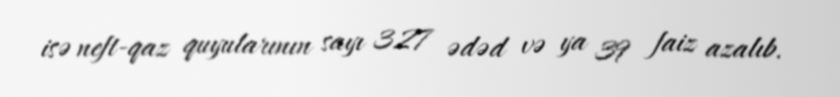
isə neft-qaz quyularının sayı 327 ədəd və ya 39 faiz azalıb.